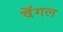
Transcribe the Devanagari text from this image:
वॅगल